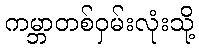
ကမ္ဘာတစ်ဝှမ်းလုံးသို့